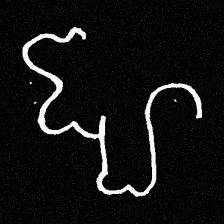
Pyu character \u2014 Myanmar letter: ဈ (romanized: jha)